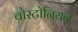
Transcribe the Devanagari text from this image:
बोस्टोनियन